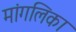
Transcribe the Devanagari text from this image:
मांगलिका